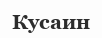
Кусаин